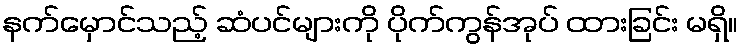
နက်မှောင်သည့် ဆံပင်များကို ပိုက်ကွန်အုပ် ထားခြင်း မရှိ။